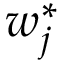
\boldsymbol { w } _ { j } ^ { * }